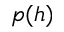
p ( h )